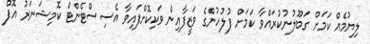
ލިޔުމެއް ކަމަށް ގަބޫލުނުކުރައްވާ ކަމަށް ފުލުހުންގެ ވަޒީފާއިން ވަކިކޮށްފައިވާ އެސިސްޓެންޓް ކޮމިޝަނަރު އޮފް